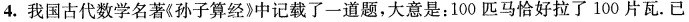
4.我国古代数学名著《孙子算经》中记载了一道题，大意是：100匹马恰好拉了100片瓦.已